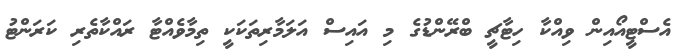
އެސްޓީއޯއިން ވިއްކާ ހިޓާޗީ ބްރޭންޑުގެ މި އައިސް އަލަމާރިތަކަކީ ތިމާވެއްޓާ ރައްކާތެރި ކަރަންޓު